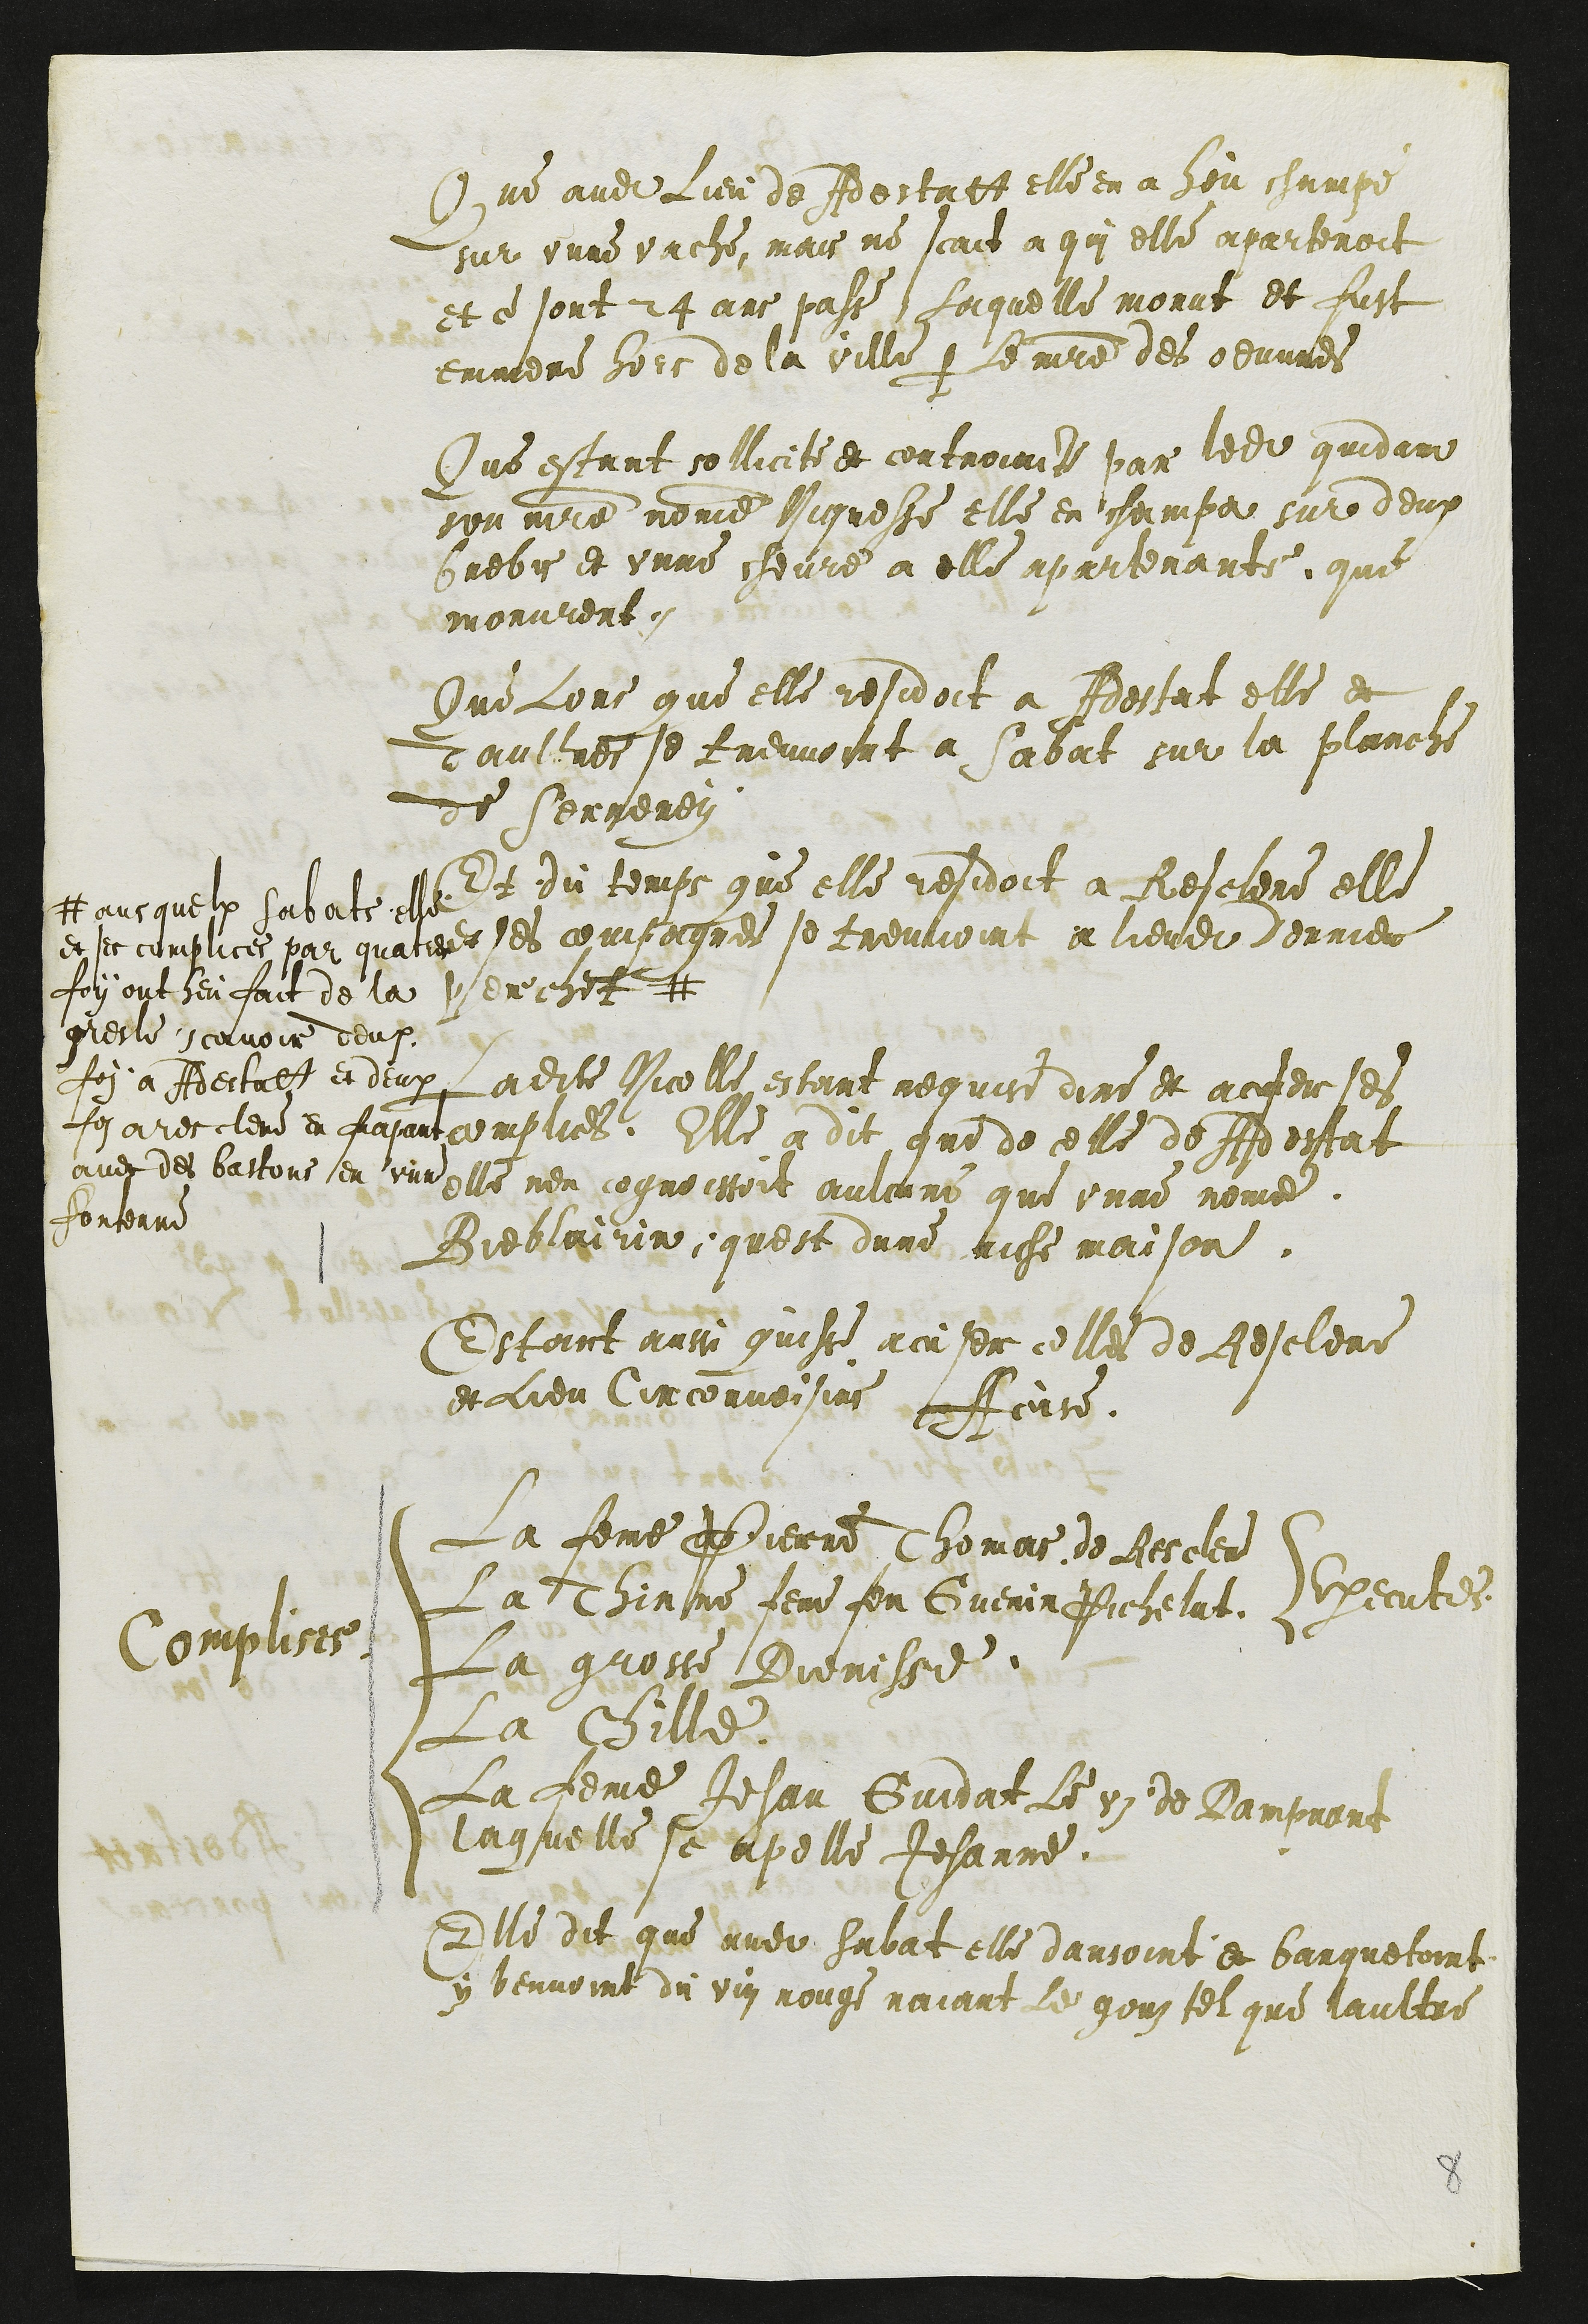
Que audit Lieu de Adestatt elle en a heu champe
sur unne vache, mais ne scait a qui elle apartenoit
et ce sont 24 ans passe Laquelle morut et fust
emmene hors de la ville par Le maitre des oeuvres
Que estant sollicite et controincte par ledit quidam
son maitre nomme Niquesse elle en champa sur deux
brebis et unne chevre a elle apartenante, que
morurent.
Que Lors que elle residoit a Adestat elle et
daultres se treuvoint a Sabat sur la planche
de Serreney
Et du temps que elle residoit a Resclere elle
et ses compagnes se treuvoint a lieudit Derriere
perechet #
# ausquelx sabats elle
et ses complices par quatre
foy ont heu fait de la
gresle scavoir deux
foi a Adestatt et deux
fois a resclere en frapant
avec des bastons en une
fontenne
Ladite Nicolle estant requise dire et acuser ses
complices, Elle a dit que de celle de Adestat
elle nen cognoissoit aulcune que unne nome
Bieblairin quest dune riche maison.
Estant aussi avisse acuser celles de Resclere
et Lieu Circonvoisins Acuse:
Complices
Executes
La feme Pierre Thomas de Resclere
La Thinne feme feu Guenin Pichelat.
La grosse Dienisse
La Chille
La feme Jehan Gindat le vi de Dampvant
laquelle se apelle Jehanne.
Elle dit que audit Sabat elle dansoint et baquetoint
y beuvoint du vin rouge naiant le gouz tel que laultre